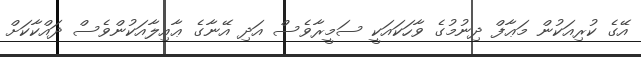
އޭގެ ކުރިއަކުން މަޢާފް ދިނުމުގެ ވާހަކައަކީ ސަމީރާވެސް އަދި އޭނާގެ ޢާއިލާއަކުންވެސް ދައްކާކަށް